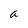
Character: a